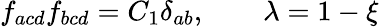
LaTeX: f_{acd}f_{bcd}=C_{1}\delta_{ab},\qquad\lambda=1-\xi